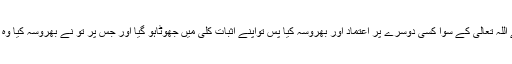
جب تیرے دل نے اللہ تعالیٰ کے سوا کسی دوسرے پر اعتماد اور بھروسہ کیا پس تواپنے اثبات کلی میں جھوٹاہو گیا اور جس پر تو نے بھروسہ کیا وہ تیرا معبود بن گیا۔